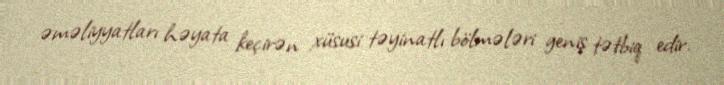
əməliyyatları həyata keçirən xüsusi təyinatlı bölmələri geniş tətbiq edir.